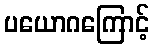
ပယောဂကြောင့်